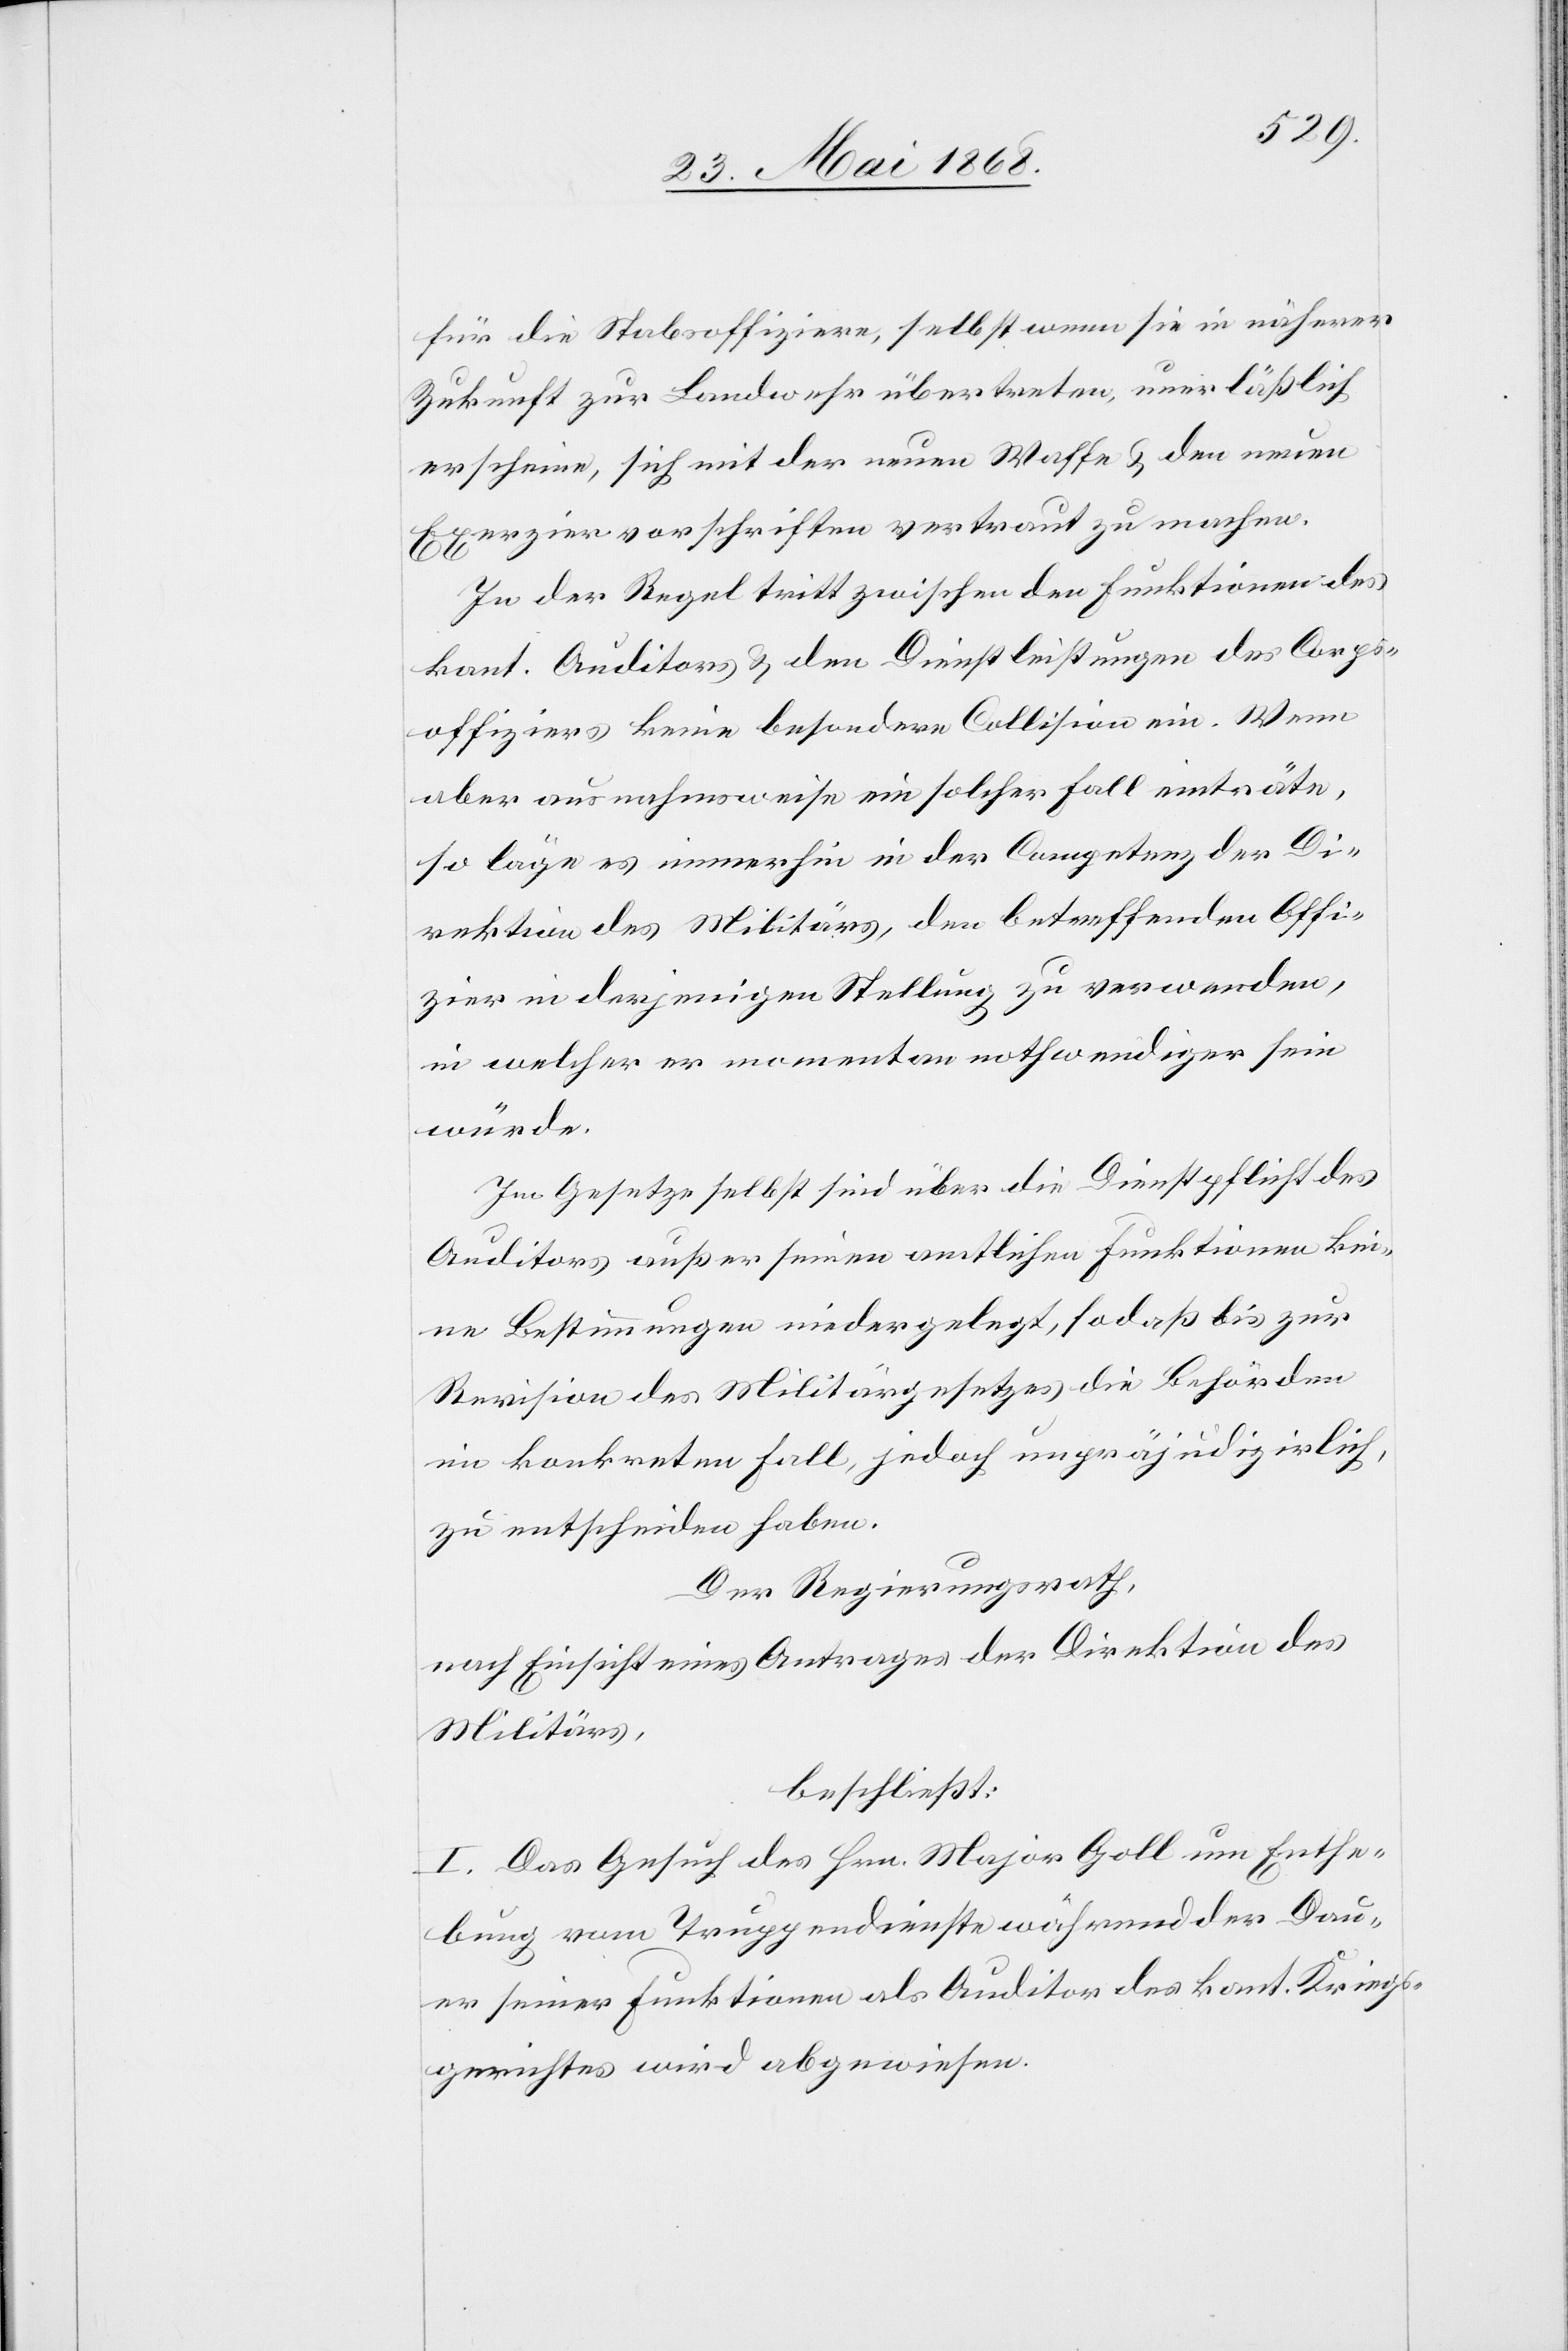
für die Stabsoffiziere, selbst wenn sie in näherer
Zukunft zur Landwehr übertreten, unerläßlich
erscheine, sich mit der neuen Waffe & den neuen
Exerziervorschriften vertraut zu machen.
In der Regel tritt zwischen den Funktionen des
kant. Auditors & den Dienstleistungen des Corps¬
offiziers keine besondere Collision ein. Wenn
aber ausnahmsweise ein solcher Fall einträte,
so läge es immerhin in der Competenz der Di¬
rektion des Militärs, den betreffenden Offi¬
zier in derjenigen Stellung zu verwenden,
in welcher er momentan nothwendiger sein
würde.
Im Gesetze selbst sind über die Dienstpflicht des
Auditors außer seinen amtlichen Funktionen kei¬
ne Bestimmungen niedergelegt, so daß bis zur
Revision des Militärgesetzes die Behörden
im konkreten Fall, jedoch unpräjudizirlich,
zu entscheiden haben.
Der Regierungsrath,
nach Einsicht eines Antrages der Direktion des
Militärs,
beschließt:
I. Das Gesuch des Hrn. Major Goll um Enthe¬
bung vom Truppendienste während der Dau¬
er seiner Funktionen als Auditor des kant. Kriegs¬
gerichtes wird abgewiesen.